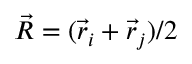
\vec { R } = ( \vec { r } _ { i } + \vec { r } _ { j } ) / 2